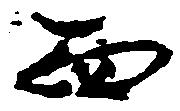
面